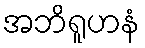
အဘိရူဟနံ